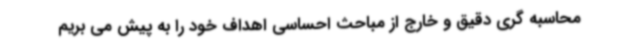
محاسبه گری دقیق و خارج از مباحث احساسی اهداف خود را به پیش می بریم